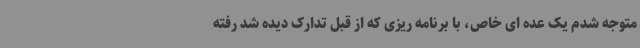
متوجه شدم یک عده ای خاص، با برنامه ریزی که از قبل تدارک دیده شد رفته